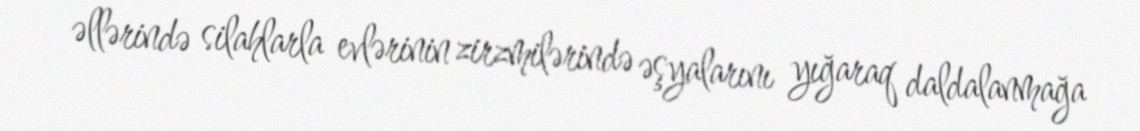
əllərində silahlarla evlərinin zirzmilərində əşyalarını yığaraq daldalanmağa